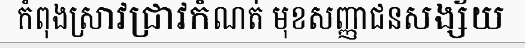
កំពុងស្រាវជ្រាវកំណត់ មុខសញ្ញាជនសង្ស័យ